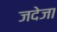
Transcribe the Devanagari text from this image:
जदेजा